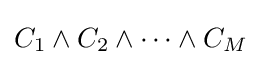
C_{1}\wedge C_{2}\wedge \cdots \wedge C_{M}